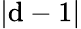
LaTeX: |\mathrm{d}-1|